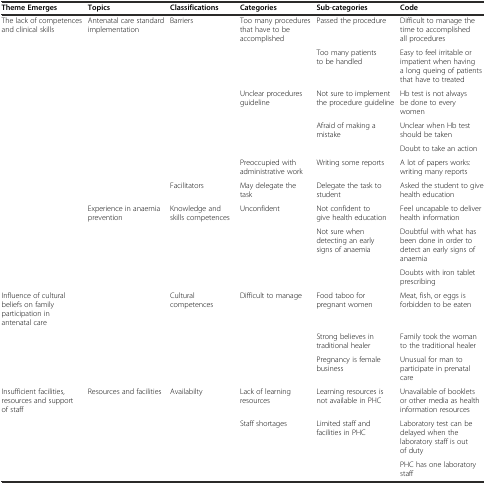
<table><thead><tr><td><b>Theme Emerges</b></td><td><b>Topics</b></td><td><b>Classifications</b></td><td><b>Categories</b></td><td><b>Sub-categories</b></td><td><b>Code</b></td></tr></thead><tbody><tr><td>The lack of competences and clinical skills</td><td>Antenatal care standard implementation</td><td>Barriers</td><td>Too many procedures that have to be accomplished</td><td>Passed the procedure</td><td>Difficult to manage the time to accomplished all procedures</td></tr><tr><td></td><td></td><td></td><td></td><td>Too many patients to be handled</td><td>Easy to feel irritable or impatient when having a long queing of patients that have to treated</td></tr><tr><td></td><td></td><td></td><td>Unclear procedures guideline</td><td>Not sure to implement the procedure guideline</td><td>Hb test is not always be done to every women</td></tr><tr><td></td><td></td><td></td><td></td><td>Afraid of making a mistake</td><td>Unclear when Hb test should be taken</td></tr><tr><td></td><td></td><td></td><td></td><td></td><td>Doubt to take an action</td></tr><tr><td></td><td></td><td></td><td>Preoccupied with administrative work</td><td>Writing some reports</td><td>A lot of papers works: writing many reports</td></tr><tr><td></td><td></td><td>Facilitators</td><td>May delegate the task</td><td>Delegate the task to student</td><td>Asked the student to give health education</td></tr><tr><td></td><td>Experience in anaemia prevention</td><td>Knowledge and skills competences</td><td>Unconfident</td><td>Not confident to give health education</td><td>Feel uncapable to deliver health information</td></tr><tr><td></td><td></td><td></td><td></td><td>Not sure when detecting an early signs of anaemia</td><td>Doubtful with what has been done in order to detect an early signs of anaemia</td></tr><tr><td></td><td></td><td></td><td></td><td></td><td>Doubts with iron tablet prescribing</td></tr><tr><td>Influence of cultural beliefs on family participation in antenatal care</td><td></td><td>Cultural competences</td><td>Difficult to manage</td><td>Food taboo for pregnant women</td><td>Meat, fish, or eggs is forbidden to be eaten</td></tr><tr><td></td><td></td><td></td><td></td><td>Strong believes in traditional healer</td><td>Family took the woman to the traditional healer</td></tr><tr><td></td><td></td><td></td><td></td><td>Pregnancy is female business</td><td>Unusual for man to participate in prenatal care</td></tr><tr><td>Insufficient facilities, resources and support of staff</td><td>Resources and facilities</td><td>Availabilty</td><td>Lack of learning resources</td><td>Learning resources is not available in PHC</td><td>Unavailable of booklets or other media as health information resources</td></tr><tr><td></td><td></td><td></td><td>Staff shortages</td><td>Limited staff and facilities in PHC</td><td>Laboratory test can be delayed when the laboratory staff is out of duty</td></tr><tr><td></td><td></td><td></td><td></td><td></td><td>PHC has one laboratory staff</td></tr></tbody></table>